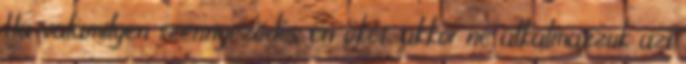
Ha valamilyen szennyeződés éri őket, akkor ne alkalmazzuk azt